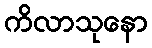
ကိလာသုနော